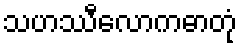
သဟဿီလောကဓာတုံ